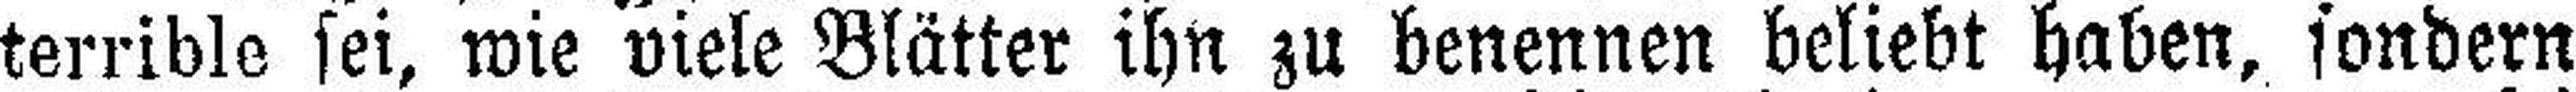
terrible sei, wie viele Blätter ihn zu benennen beliebt haben, sondern